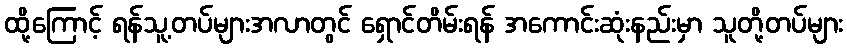
ထို့ကြောင့် ရန်သူ့တပ်များအလာတွင် ရှောင်တိမ်းရန် အကောင်းဆုံးနည်းမှာ သူတို့တပ်များ